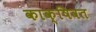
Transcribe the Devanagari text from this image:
काक्षिवत